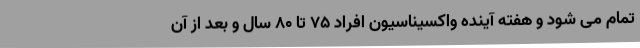
تمام می شود و هفته آینده واکسیناسیون افراد ۷۵ تا ۸۰ سال و بعد از آن